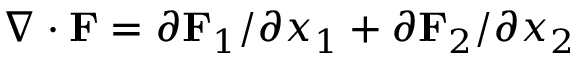
\nabla \cdot { \bf F } = \partial { \bf F } _ { 1 } / \partial x _ { 1 } + \partial { \bf F } _ { 2 } / \partial x _ { 2 }